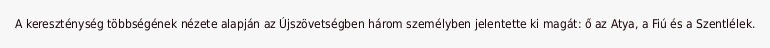
A kereszténység többségének nézete alapján az Újszövetségben három személyben jelentette ki magát: ő az Atya, a Fiú és a Szentlélek.